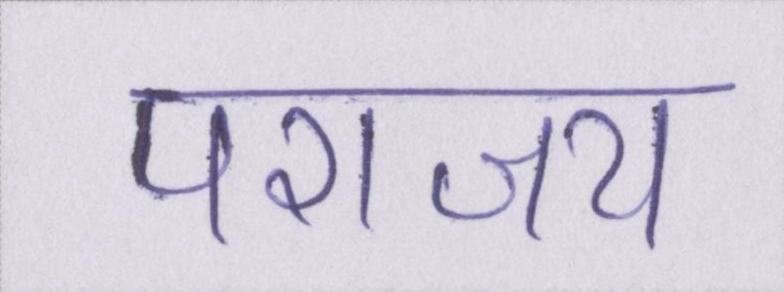
पराजय